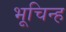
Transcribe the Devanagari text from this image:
भूचिन्ह